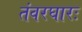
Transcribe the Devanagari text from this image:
तंवरघारः